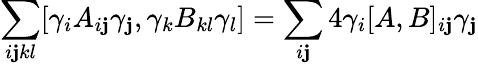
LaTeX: \sum_{i\mathbf{j}kl}[\gamma_{i}A_{i\mathbf{j}}\gamma_{\mathbf{j}},\gamma_{k}B_{kl}\gamma_{l}]=\sum_{i\mathbf{j}}4\gamma_{i}[A,B]_{i\mathbf{j}}\gamma_{\mathbf{j}}